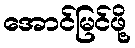
အောင်မြင်ဖို့